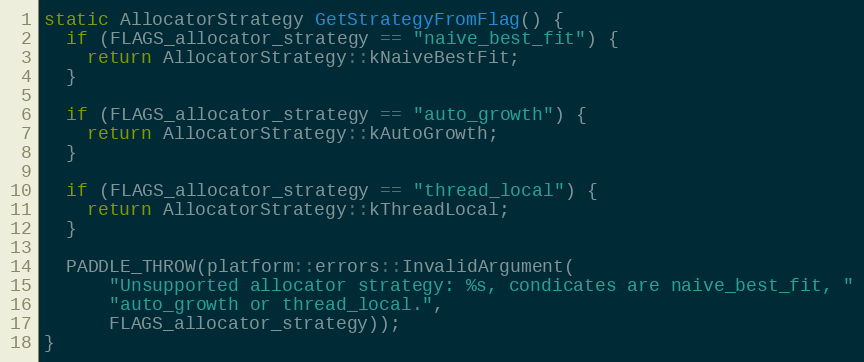
Language: C++
static AllocatorStrategy GetStrategyFromFlag() {
  if (FLAGS_allocator_strategy == "naive_best_fit") {
    return AllocatorStrategy::kNaiveBestFit;
  }

  if (FLAGS_allocator_strategy == "auto_growth") {
    return AllocatorStrategy::kAutoGrowth;
  }

  if (FLAGS_allocator_strategy == "thread_local") {
    return AllocatorStrategy::kThreadLocal;
  }

  PADDLE_THROW(platform::errors::InvalidArgument(
      "Unsupported allocator strategy: %s, condicates are naive_best_fit, "
      "auto_growth or thread_local.",
      FLAGS_allocator_strategy));
}